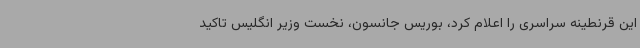
این قرنطینه سراسری را اعلام کرد، بوریس جانسون، نخست وزیر انگلیس تاکید